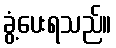
ခွံ့ပေးရသည်။